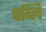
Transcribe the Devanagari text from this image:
पब्लि